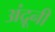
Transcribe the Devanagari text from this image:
अंद्रूनी